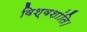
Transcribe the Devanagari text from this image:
विश्वशांति।